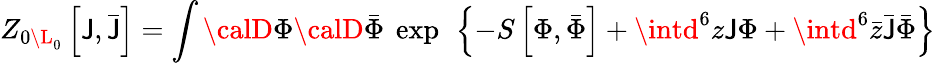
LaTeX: Z_{0\L_{0}}\left[\mathsf{J},\bar{{\mathsf{J}}}\right]=\int{\calD}\Phi{\calD}\bar{{\Phi}}~\exp\ \left\{ -S\left[\Phi,\bar{{\Phi}}\right]+\intd^{6}z\mathsf{J}\Phi+\intd^{6}\bar{{z}}\bar{{\mathsf{J}}}\bar{{\Phi}}\right\}